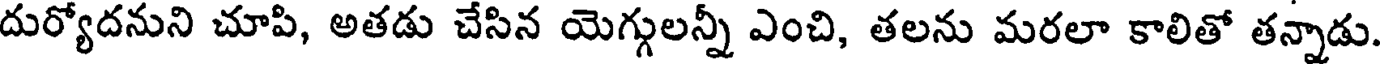
దుర్యోదనుని చూపి, అతడు చేసిన యెగ్గులన్నీ ఎంచి, తలను మరలా కాలితో తన్నాడు.